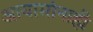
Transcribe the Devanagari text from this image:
आयामांनाही